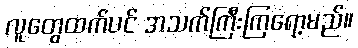
လူတွေထက်ပင် အသက်ကြီးကြရော့မည်။